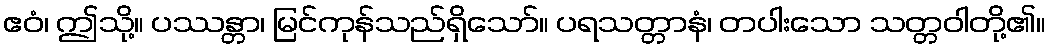
ဧဝံ၊ ဤသို့။ ပဿန္တာ၊ မြင်ကုန်သည်ရှိသော်။ ပရသတ္တာနံ၊ တပါးသော သတ္တဝါတို့၏။